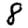
Digit: 8